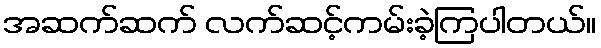
အဆက်ဆက် လက်ဆင့်ကမ်းခဲ့ကြပါတယ်။